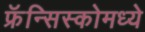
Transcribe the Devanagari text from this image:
फ्रॅन्सिस्कोमध्ये